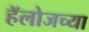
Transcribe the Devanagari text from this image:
हॅलोजच्या